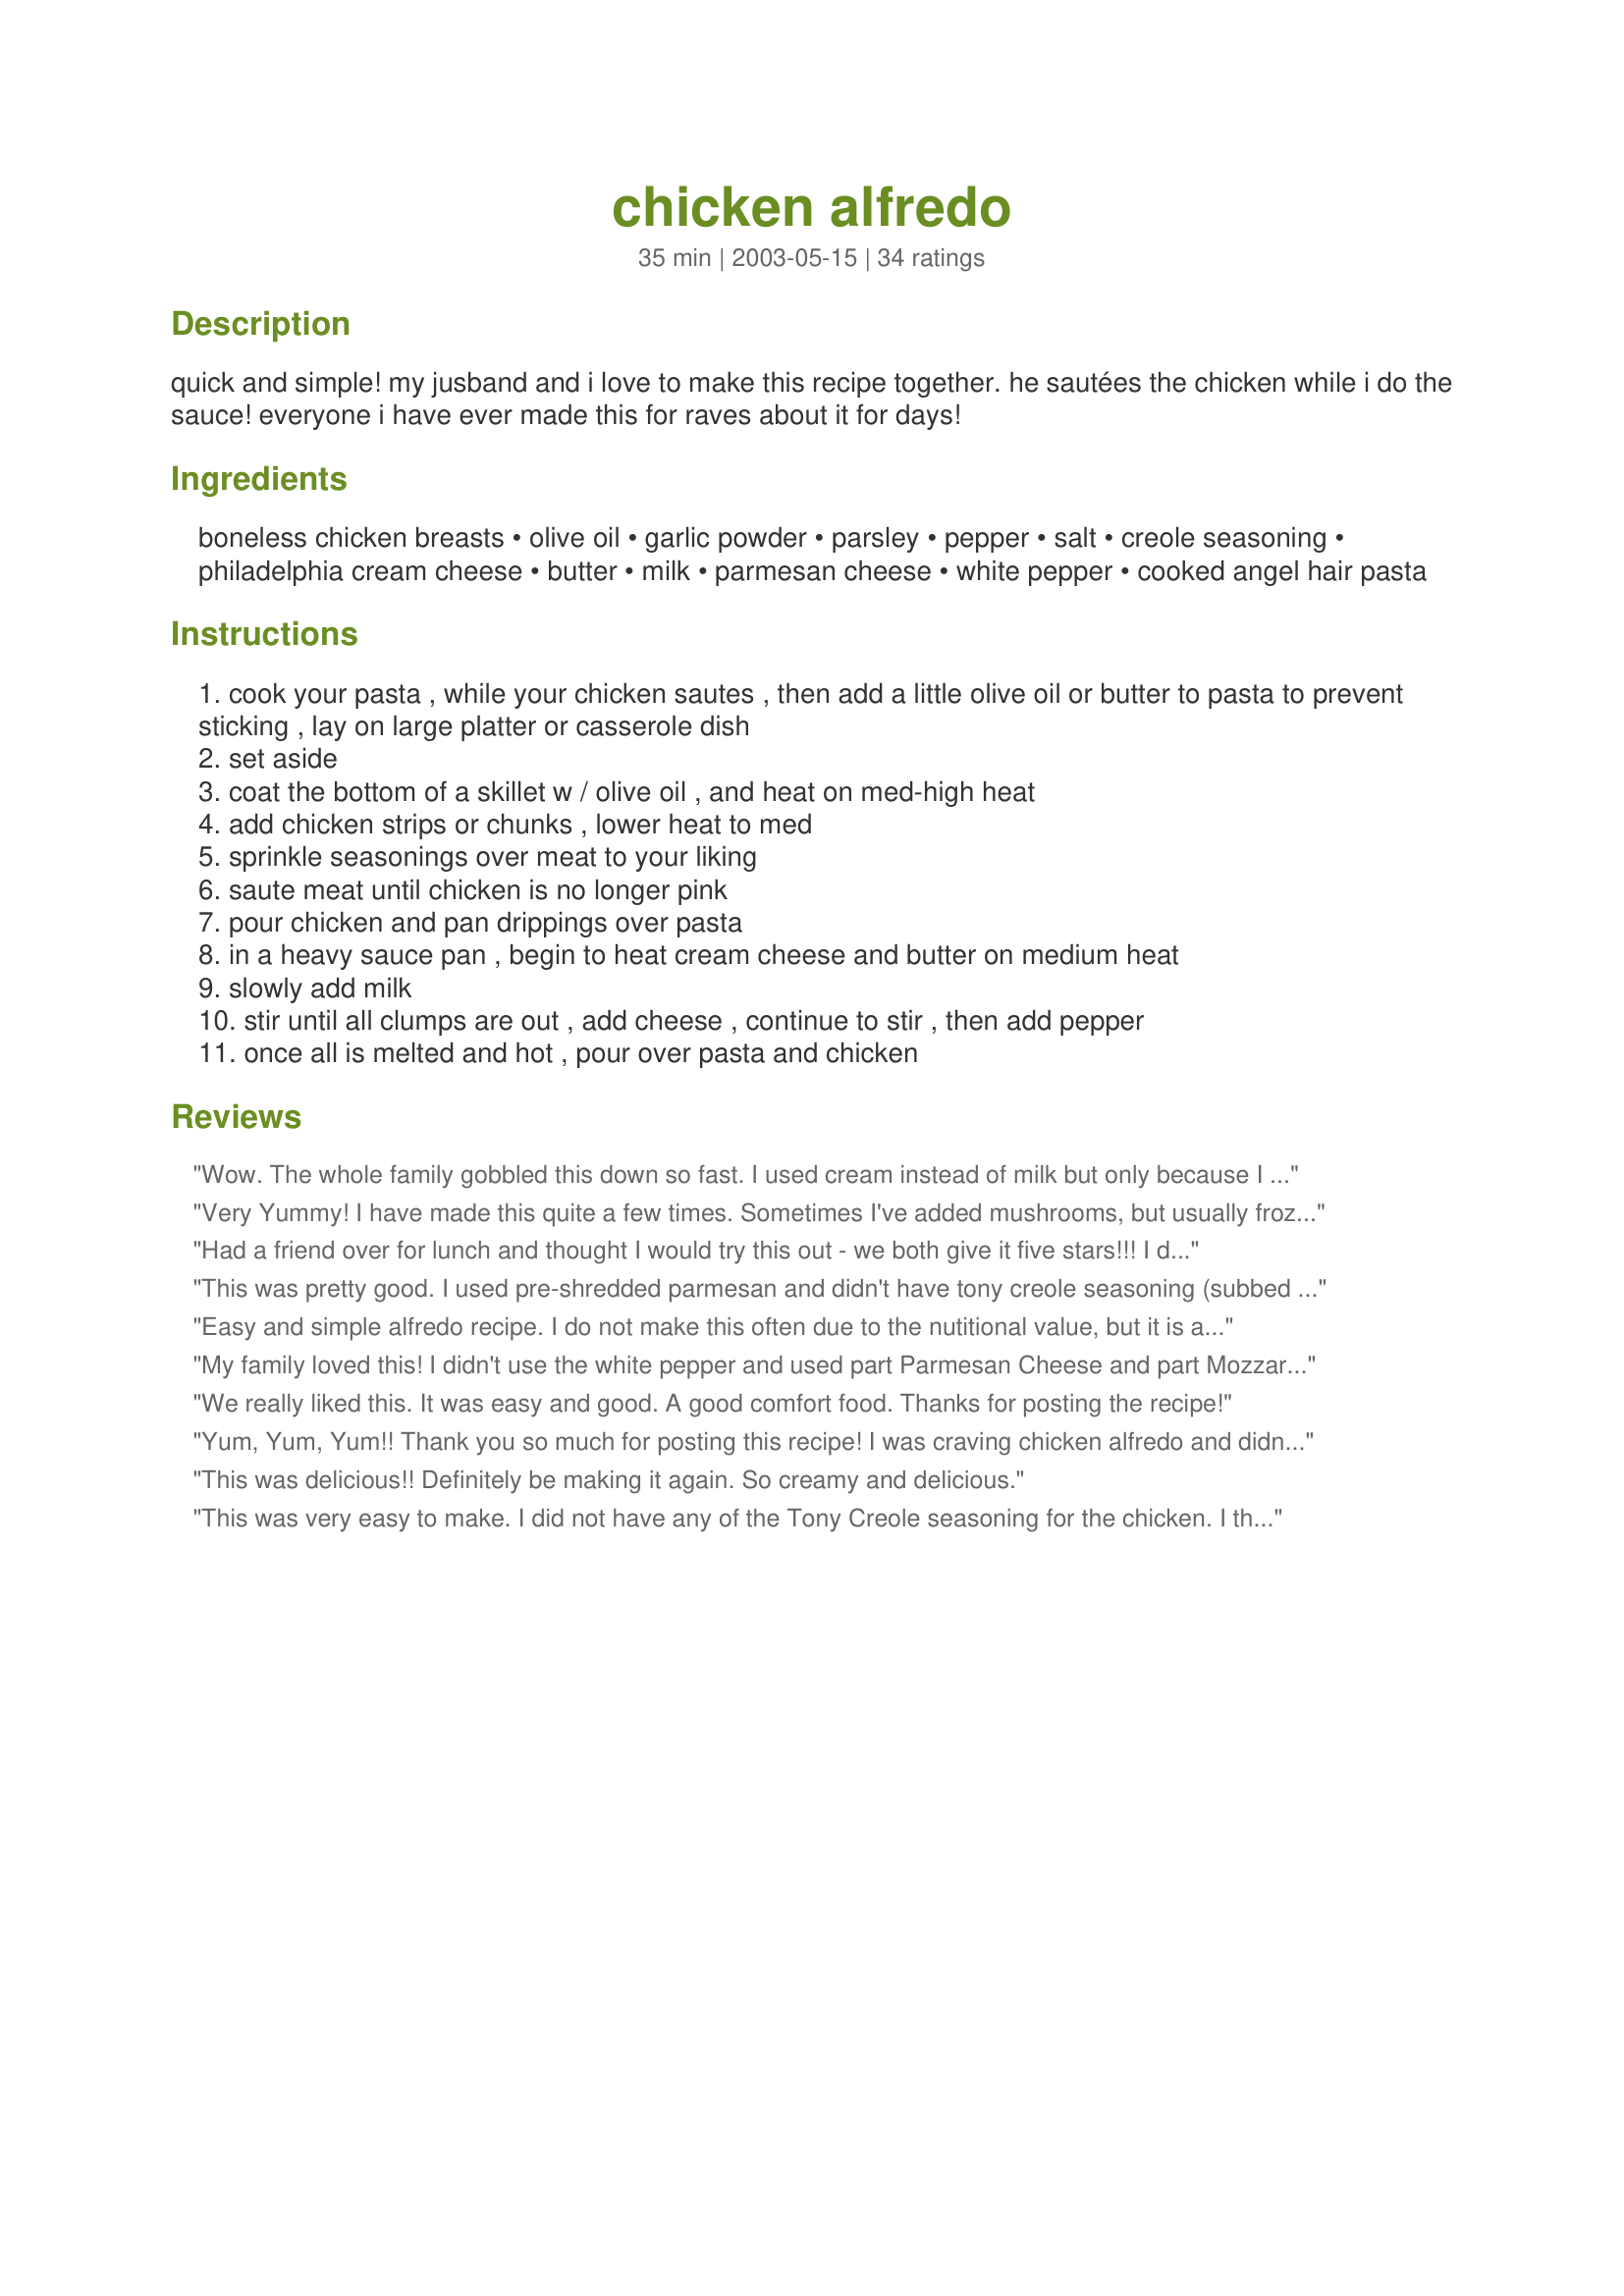
chicken alfredo
Preparation time: 35 minutes

quick and simple! my jusband and i love to make this recipe together. he sautées the chicken while i do the sauce! everyone i have ever made this for raves about it for days!

Ingredients:
boneless chicken breasts, olive oil, garlic powder, parsley, pepper, salt, creole seasoning, philadelphia cream cheese, butter, milk, parmesan cheese, white pepper, cooked angel hair pasta

Steps:
cook your pasta , while your chicken sautes , then add a little olive oil or butter to pasta to prevent sticking , lay on large platter or casserole dish
set aside
coat the bottom of a skillet w / olive oil , and heat on med-high heat
add chicken strips or chunks , lower heat to med
sprinkle seasonings over meat to your liking
saute meat until chicken is no longer pink
pour chicken and pan drippings over pasta
in a heavy sauce pan , begin to heat cream cheese and butter on medium heat
slowly add milk
stir until all clumps are out , add cheese , continue to stir , then add pepper
once all is melted and hot , pour over pasta and chicken

Reviews:
Wow. The whole family gobbled this down so fast. I used cream instead of milk but only because I had a little left to get rid of. So quick and easy. We will definitely have this over and over again. Thank you.
Very Yummy! I have made this quite a few times. Sometimes I've added mushrooms, but usually frozen spinach (thawed with the water squeezed out). I cook the chicken with a variety of different seasonings or marinades. After the chicken is cooked, I keep the chicken in the pan and just add the butter, cream cheese, milk, cheese and after that is cooked, add the spinach or mushrooms. The biggest difference when I make it, is that I use 1/4 cup butter rather than 1/2 cup. If I have cream, I'll add 1 TBSP.
Had a friend over for lunch and thought I would try this out - we both give it five stars!!! I did add more milk to the consistency I wanted, it was a bit thick for my taste - but great flavor and VERY easy to make!!!
This was pretty good. I used pre-shredded parmesan and didn't have tony creole seasoning (subbed some other spices) and it was pretty good. I could REALLY taste the cream cheese though. I think I will take the advice of another reviewer and try it with fresh grated parmesan next time and see if it helps. I would make it again.
Easy and simple alfredo recipe. I do not make this often due to the nutitional value, but it is a wonderful recipe when in need of some comfort food!

I make the recipe just as stated except I do not add the garlic powder on to the chicken. The creole seasoning adds a nice touch to the chicken.
My family loved this! I didn't use the white pepper and used part Parmesan Cheese and part Mozzarella Cheese but the rest was like the recipe.
We really liked this. It was easy and good. A good comfort food. 

Thanks for posting the recipe!
Yum, Yum, Yum!! Thank you so much for posting this recipe! I was craving chicken alfredo and didn't want to have to go to a restaurant to get it. I've never made it before and was sure it would be complicated, so I was thrilled to find such a simple and fast recipe, with ingredients that I already have on hand. I used rotini pasta and it was great--the sauce really stuck to it! I did agree with a previous reviewer that the sauce is a little thick, so I will probably add a little more milk next time. But the taste is excellent! It really hit the spot for my craving, and my 2-year-old daughter gobbled it up! Thanks! I'll make this again.
This was delicious!! Definitely be making it again. So creamy and delicious.
This was very easy to make. I did not have any of the Tony Creole seasoning for the chicken. I thought the sauce was a bit too thick. The flavor was somewhat bland as well. Maybe thin it out with more milk and less parmesan and cream cheese? I think it could use more spice also in the sauce. I'm not sure. This is definitely worth trying again though. I think I will try some of Grimm's Restaurant Tales' suggestions next time. Maybe it's me and not the recipe. Thanks for sharing.
This dish was a big hit. IT did take a little bit of prep time but it sure tasted yummilicious. Adjust the seasonings to your own preference. I used spaghetti noodles but any will work fine. Definitely try this one.
I decided to follow the recipe with a few minor changes suggested by some of the reviewers -- like I added mushrooms when sautÃ©ing the chicken and also added a few more spices as well as added a tad more milk. I chose to use penne pasta and the meal was EXCELLENT! I decided to use this recipe for my main dish at our company holiday party and it was a hit! Thank you for posting it :).
This is quite simply the best chicken alfredo recipe I have ever tasted! The Cream Cheese gives the sauce a wonderful kick, as I've found many alfredo sauces can be rather bland. I found the buttter and cheese would seperate, but siphoning off a little of the butter, adding more milk, and whisk quickly solved that problem! But it's wonderful to have the problem of the sauce being too thick, most sauces made with heavy cream I find to be too thin.
Ok so I have been trying out many different recipes for alfredo lately, not sure why but just had a taste for it lately. This is by far the best one yet. It is way better than the copy cat recipe for olive gardens alfredo. This is amazing. I am having my mom over for dinner tonight to join me and my extremly picky 6 year old and cant stop tasting this sauce. its amazing! My daughter tried it and keeps beggin to eat early. I didnt use the whole package of philly cream cheese and added a bit more milk and parm also thru in some garlic powder and couldnt be more pleased with the texture and the creaminess. Try this recipe you will NOT be sorry!
this would be delicious,, how come i cant email it
Yummy and creamy and good. I added mozza cheese and a bit more milk as the sauce got really thick as it cooled
Very tasty! Very thick, I just had a small portion along with some steamed veggies. Thank you for such a nice recipe!
This was very, very good. I only seasoned the chicken with fresh minced garlic, salt and pepper. The sauce was excellent, but was too thick for my taste, so I added in at least another 1/2 cup of milk. I will definitely make this again! Thanks for posting.
very good
Yummy...hubby said that this is as good or better than Olive Garden. That is quite the compliment from him. Now I just need to get the breadsticks and salad down. I will definately make this again.
Good basic recipe. Found it to be a little thick for my family so added another 1/2 cup of milk. Cream cheese flavor really is strong. Added parmesan cream cheese flavor still at the forefront.
Excellent recipe! I love that this alfredo recipe doesn't require heavy cream, which I never keep on hand. Very easy and great taste!
I added fresh garlic, garlic powder, italian seasoning, seasoning salt and onion powder to the sauce. It was easy to make - I made this on vacation on a one portable burner! I will definetely make this again at home.
This was an outstanding recipe! Full of flavor and so simple to make! The first time I made this, my husband's first words were "This tastes just like the Olive Garden's Chicken Alfredo". I found that to be a HUGE compliment since that is the only thing he orders when we go to the Olive Garden :) Thanks so much for posting, and I wouldn't change a thing...
We enjoyed this recipe! It was very easy to make and the flavor was very good. Next time, I would halve the recipe as it makes alot. I made as posted and served with recipe #140574 and recipe #113229. Thank you for posting!
I loved this recipe!! One of my all time favorites. Although, I did make some alterations to it to suit my low carb lifestyle. I used low carb pasta, about 3/4-1 cup heavy cream instead of milk and I added in lots of garlic, some garlic powder and onion salt and a little dill weed for flavor, as I felt it was a little blah without it. I used Kraft's Italian Blend Shredded Cheese. I diced up the cooked chicken and added the buttered, cooked pasta to the 12" skillet I had cooked the chicken in, put diced chicken back on top of pasta and poured sauce over it all and mixed it all together. Then I simmered for a few minutes before serving it topped with some more shredded italian blend cheese. Perfecto!! Thank you very much for an awesome dinner! I will make again and again.
I just made this for dinner tonight for my kids and my boyfriend and there was nothing left of it ... It was Amazing :) thank you for this recipe :)
I increased this and made about 10 servings for frozen lunches for my husband. I used a combination of mozzerella and parm. cheeses. I didn't have any thyme on hand I just used garlic and basil. I also used basil in the sauce. Great base recipe, if you have an imagination it'll go even further. Thank you for the great recipe.
I don't even know how to say how absolutly delicious this dish is.I added mushrooms and broccoli to it. YUM!
My family and I loved it!!!!!!1
I used 1/3 less fat cream cheese, to me it's not as overpowering.
I put a cup of Italian cheese and a tad more milk, awesome. I also added a few pepper flakes.
Thanks for the recipe
This was quick, easy, and good. It was a nice change from the heavy cream recipe, HOWEVER, I still prefer the good old fashioned recipe.
This is a good recipe that could be used for a potluck or church function and ppl would think you spent alot more time and are a much better cook then you have to be to pull this off. 3 notes:
I cook all the time and didn't notice how strong the cream cheese taste is until my hub mentioned it. He said it tasted like noodles in melted cream cheese (before he devoured all of it) So don't expect a traditonal Alfredo flavored sauce but expect something your kids will inhale.
2. To the ppl who had trouble extracting flavor from the sauce I recommend buying a block of parmesan and physically grating it yourself rather then using a bag of pre-shredded or god forbid..the green can. The sauce dosen't stand a chance of tasting like the real thing without it. It WILL taste like melted cream cheese. Throw a dash of nutmeg in there too if you've got it.
3. I had much trouble incorporating the butter and cream chz bc butter melts at a lower temp and is liquid before the rest can catch up...Take a wisk after you've got everything for the sauce in the pan and wisk the loose butter back into the sauce.
HEY! Great job Kim! 's my mother's name :) )
This was pretty good but seemed a little bland. I followed the other reviews and added more milk. I added some salt and it was great.
what is the serving size
